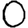
Digit: 0